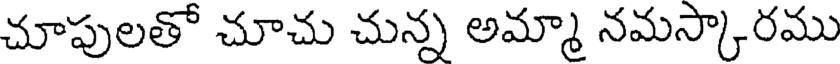
చూపులతో చూచు చున్న అమ్మా నమస్కారము